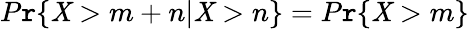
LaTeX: P\mathtt{r}\{ \mathit{X}>m+n|\mathit{X}>n\} =P\mathtt{r}\{ \mathit{X}>m\}